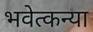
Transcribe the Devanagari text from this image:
भवेत्कन्या